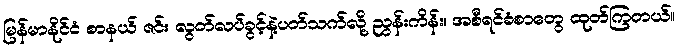
မြန်မာနိုင်ငံ စာနယ် ဇင်း လွတ်လပ်ခွင့်နဲ့ပတ်သက်လို့ ညွန်းကိန်း၊ အစီရင်ခံစာတွေ ထုတ်ကြတယ်။